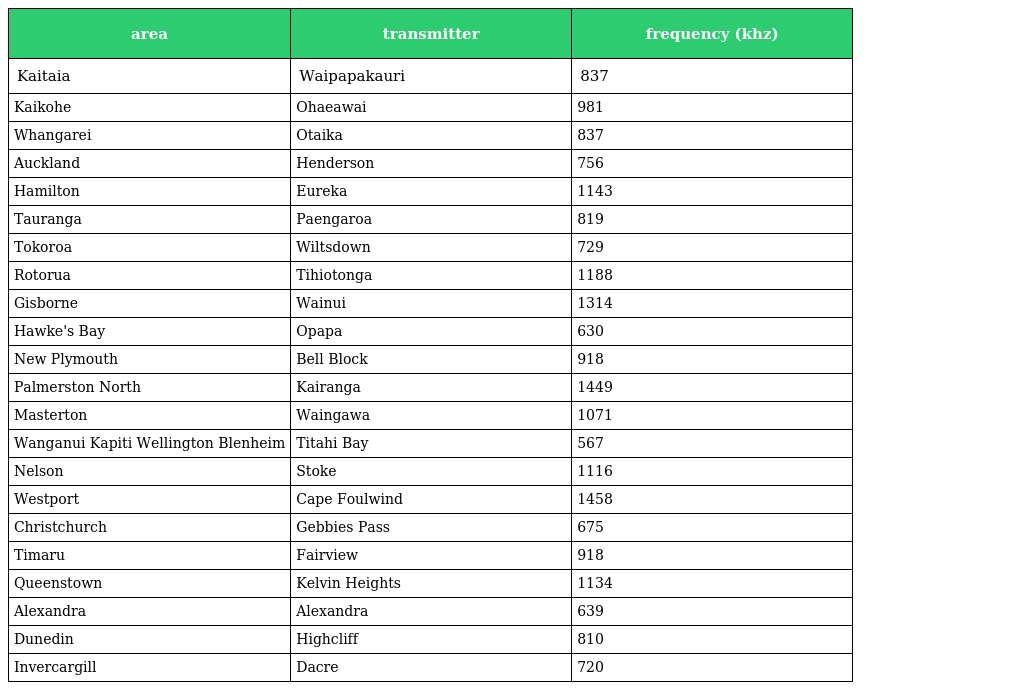
| area | transmitter | frequency (khz) |
 | --- | --- | --- |
 | Kaitaia | Waipapakauri | 837 |
 | Kaikohe | Ohaeawai | 981 |
 | Whangarei | Otaika | 837 |
 | Auckland | Henderson | 756 |
 | Hamilton | Eureka | 1143 |
 | Tauranga | Paengaroa | 819 |
 | Tokoroa | Wiltsdown | 729 |
 | Rotorua | Tihiotonga | 1188 |
 | Gisborne | Wainui | 1314 |
 | Hawke's Bay | Opapa | 630 |
 | New Plymouth | Bell Block | 918 |
 | Palmerston North | Kairanga | 1449 |
 | Masterton | Waingawa | 1071 |
 | Wanganui Kapiti Wellington Blenheim | Titahi Bay | 567 |
 | Nelson | Stoke | 1116 |
 | Westport | Cape Foulwind | 1458 |
 | Christchurch | Gebbies Pass | 675 |
 | Timaru | Fairview | 918 |
 | Queenstown | Kelvin Heights | 1134 |
 | Alexandra | Alexandra | 639 |
 | Dunedin | Highcliff | 810 |
 | Invercargill | Dacre | 720 |